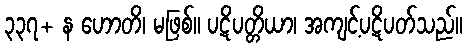
၃၃၇+ န ဟောတိ၊ မဖြစ်။ ပဋိပတ္တိယာ၊ အကျင့်ပဋိပတ်သည်။